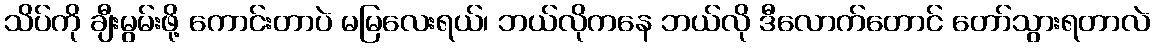
သိပ်ကို ချီးမွမ်းဖို့ ကောင်းတာပဲ မမြလေးရယ်၊ ဘယ်လိုကနေ ဘယ်လို ဒီလောက်တောင် တော်သွားရတာလဲ